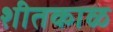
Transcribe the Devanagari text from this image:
शीतकाळ